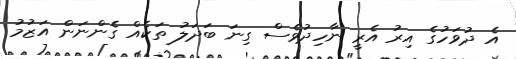
އެ ދުވަހުގެ އިރު އެރީ ނާހިދުވެސް ގިނަ ބަދަލު ތަކެއް ގެންނަން އަޒުމު